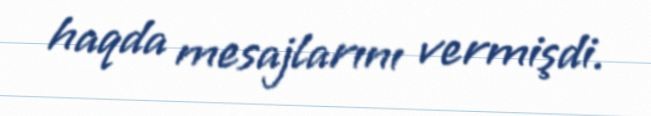
haqda mesajlarını vermişdi.